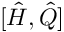
[ { \hat { H } } , { \hat { Q } } ]